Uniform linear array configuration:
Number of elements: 8
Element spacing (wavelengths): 1
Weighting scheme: binomial
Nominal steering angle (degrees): -45
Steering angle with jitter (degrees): -44.057
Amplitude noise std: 0.05
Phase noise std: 0.05

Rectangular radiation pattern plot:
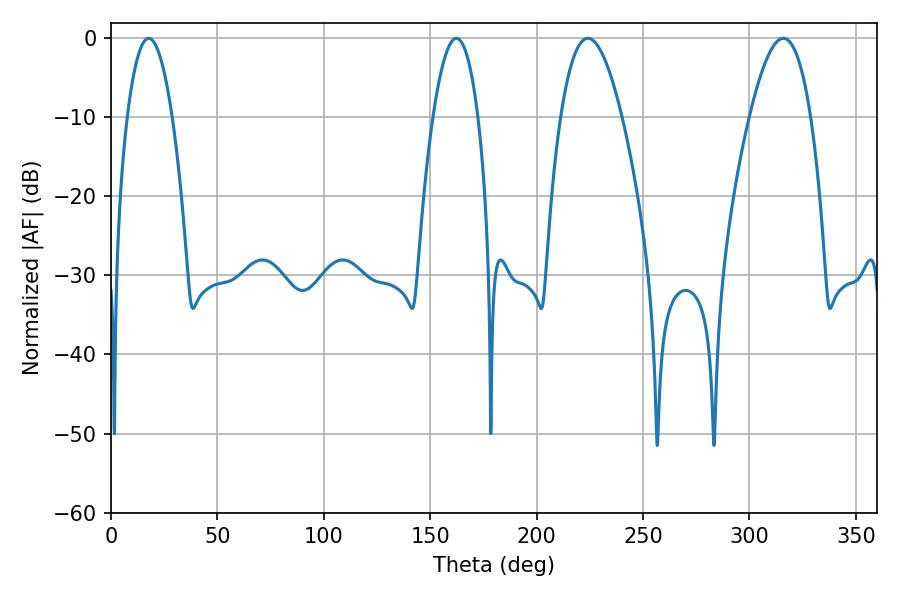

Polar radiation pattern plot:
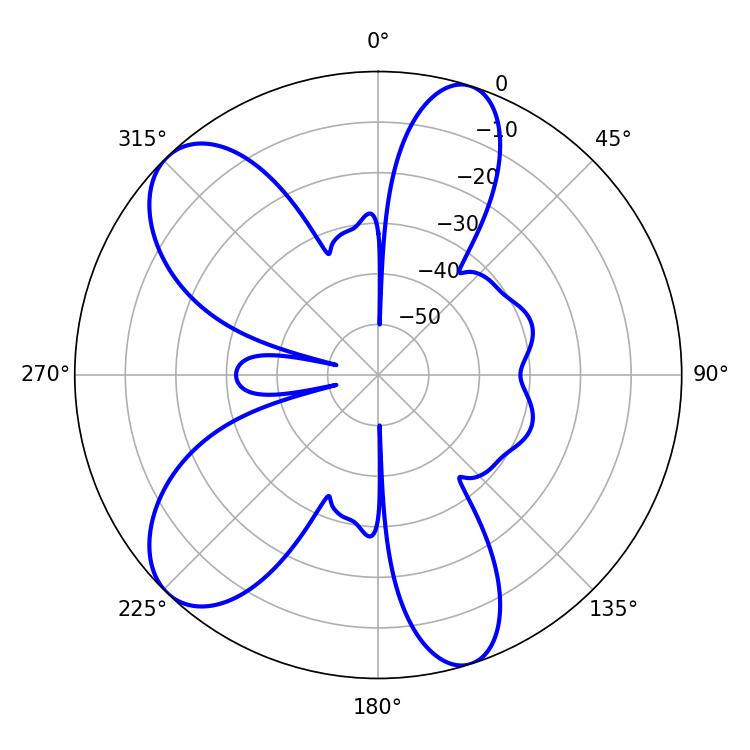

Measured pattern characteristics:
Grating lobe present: TRUE
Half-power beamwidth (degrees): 15.66
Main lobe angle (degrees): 224.1